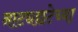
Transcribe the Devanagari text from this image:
नाट्यछटेच्या